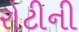
રોટીની